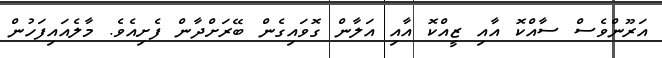
އަރޫންވެސް ސާއްކޮ އާއި ޒީއްކޮ އާއި އަލާން ގޮވައިގެން ބޭރަށްދާން ފެށިއެވެ. މާލެއައިފަހުން